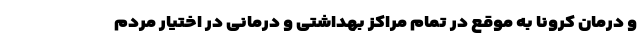
و درمان کرونا به موقع در تمام مراکز بهداشتی و درمانی در اختیار مردم